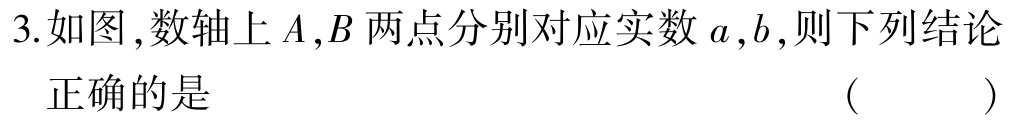
3.如图，数轴上\(A,B\)两点分别对应实数\(a,b\)，则下列结论正确的是 （  ）